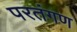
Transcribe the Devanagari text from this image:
परतंगण